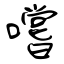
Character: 嚐